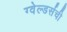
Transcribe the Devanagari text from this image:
ग्वेल्डर्सची